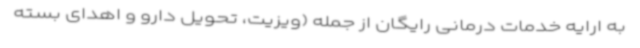
به ارایه خدمات درمانی رایگان از جمله (ویزیت، تحویل دارو و اهدای بسته